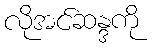
လိုအင်ဆန္ဒကို